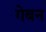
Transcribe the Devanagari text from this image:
गेबन